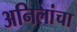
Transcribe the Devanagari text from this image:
अनिलांचा